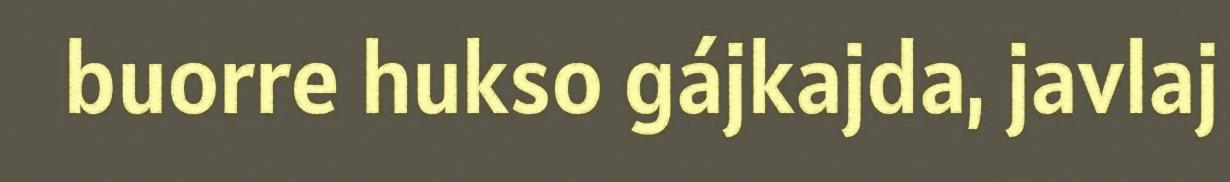
buorre hukso gájkajda, javlaj